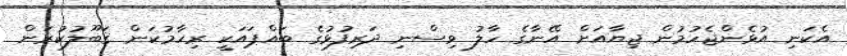
އެކަނި އުޅެންޖެހުމުން ޖިޔާއަށް އޭނާގެ ހާލު ވިސްނި ދަރިފުޅުގެ ބައްޕައަކީ ރިހާމުކަން ޤަބޫލުކުރަން